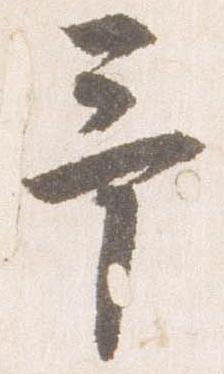
予